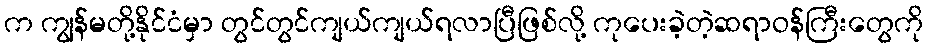
က ကျွန်မတို့နိုင်ငံမှာ တွင်တွင်ကျယ်ကျယ်ရလာပြီဖြစ်လို့ ကုပေးခဲ့တဲ့ဆရာဝန်ကြီးတွေကို